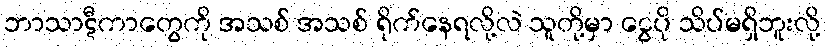
ဘာသာဋီကာတွေကို အသစ် အသစ် ရိုက်နေရလို့လဲ သူတို့မှာ ငွေပို သိပ်မရှိဘူးလို့